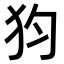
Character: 𤜼